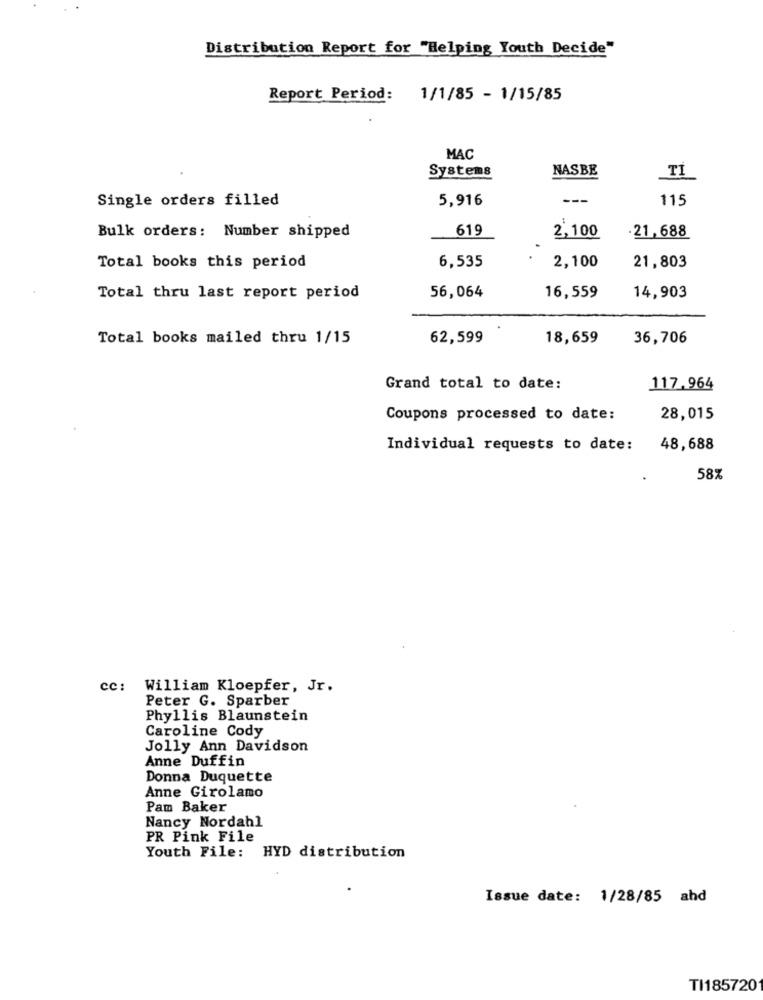
Distribution Report for "Helping Youth Decide"
Report Period: 1/1/85 - 1/15/85
MAC
Systems
NASBE
TI
Single orders filled
5,916
---
115
619
2,100
Bulk orders: Number shipped
.21, 688
Total books this period
6,535
2,100
21,803
Total thru last report period
56,064
16,559
14,903
Total books mailed thru 1/15
62,599
18,659
36,706
Grand total to date:
117.964
Coupons processed to date:
28,015
Individual requests to date:
48,688
58%
cc:
William Kloepfer, Jr.
Peter G. Sparber
Phyllis Blaunstein
Caroline Cody
Jolly Ann Davidson
Anne Duffin
Donna Duquette
Anne Girolamo
Pam Baker
Nancy Nordahl
PR Pink File
Youth File: HYD distribution
Issue date: 1/28/85 ahd
TI185720